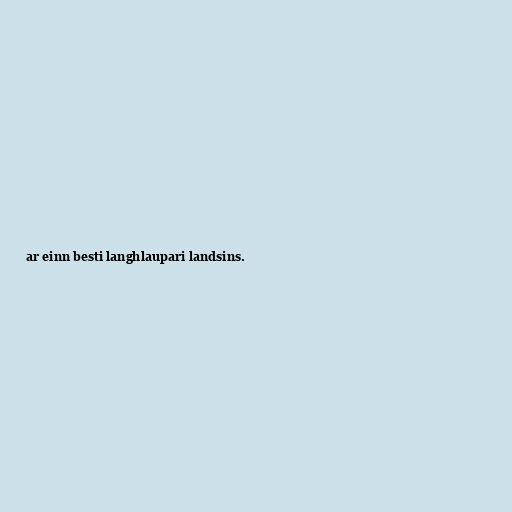
ar einn besti langhlaupari landsins.